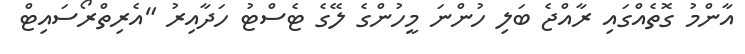
އާންމު ގޮތެއްގައި ރާއްޖެ ބަލި ހުންނަ މީހުންގެ ލޭގެ ޓެސްޓު ހަދާއިރު "އެރިތްރޯސައިޓް